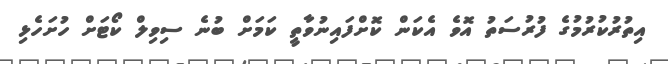
އިތުރުކުރުމުގެ ފުރުސަތު އޮވެ އެކަން ކޮށްފައިނުވާތީ ކަމަށް ބުނެ ސިވިލް ކޯޓަށް ހުށަހެޅި